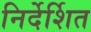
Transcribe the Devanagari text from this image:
निर्देर्शित